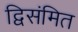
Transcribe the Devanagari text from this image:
द्विसंमित